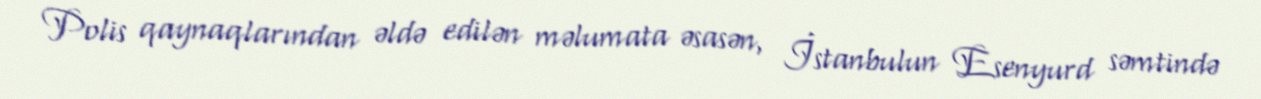
Polis qaynaqlarından əldə edilən məlumata əsasən, İstanbulun Esenyurd səmtində